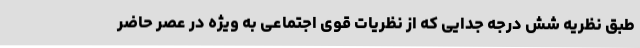
طبق نظریه شش درجه جدایی که از نظریات قوی اجتماعی به ویژه در عصر حاضر